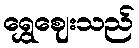
ရွှေဈေးသည်